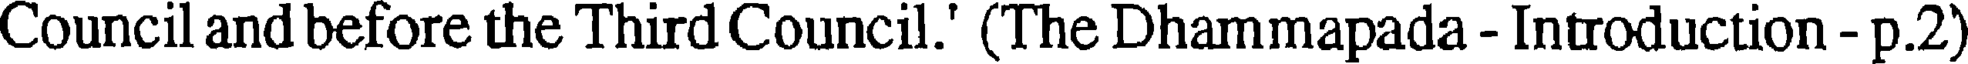
Council and before the Third Council.' (The Dhammapada - Introduction - p.2)